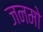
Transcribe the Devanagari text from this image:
जनमो